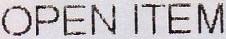
OPEN ITEM